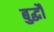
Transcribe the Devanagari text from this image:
बुद्धौ